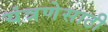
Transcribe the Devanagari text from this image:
यंत्रणेसाठी